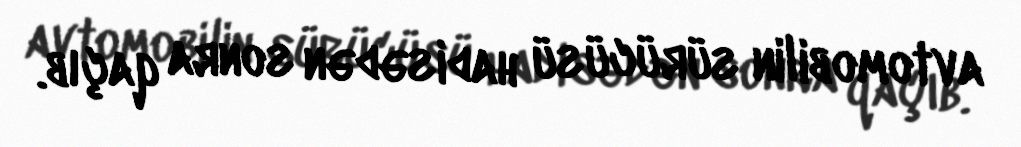
avtomobilin sürücüsü hadisədən sonra qaçıb.